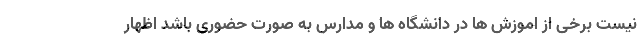
نیست برخی از اموزش ها در دانشگاه ها و مدارس به صورت حضوری باشد اظهار